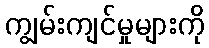
ကျွမ်းကျင်မှုများကို